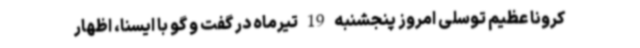
کرونا عظیم توسلی امروز پنجشنبه 19 تیرماه در گفت و گو با ایسنا، اظهار